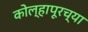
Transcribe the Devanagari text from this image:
कोल्‍हापूरच्या